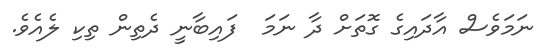
ނަމަވެސް އާދައިގެ ގޮތަށް ދާ ނަމަ  ފައިބާނީ ދެތިން ތިކި ލެއެވެ.